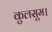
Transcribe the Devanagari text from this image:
कुलसूम।